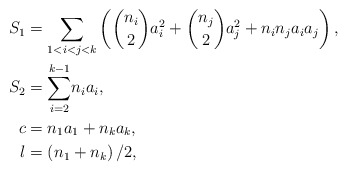
\begin{align*}S_{1} & =\sum_{1<i<j<k}\left( \binom{n_{i}}{2}a_{i}^{2}+\binom{n_{j}}{2}a_{j}^{2}+n_{i}n_{j}a_{i}a_{j}\right) ,\\S_{2} & ={\displaystyle\sum\limits_{i=2}^{k-1}}n_{i}a_{i},\\c & =n_{1}a_{1}+n_{k}a_{k},\\l & =\left( n_{1}+n_{k}\right) /2,\end{align*}